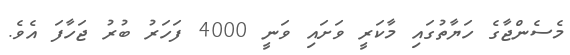
މެސެންޖާގެ ހަޔާތުގައި މާކަރީ ވަށައި ވަނީ 4000 ފަހަރު ބުރު ޖަހާފަ އެވެ.